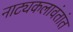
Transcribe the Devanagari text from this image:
नाट्यकलावंतांत